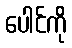
ပေါင်ကို